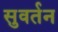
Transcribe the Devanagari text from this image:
सुवर्तन